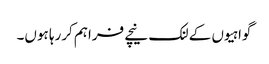
گواہیوں کے لنک نیچے فراہم کررہا ہوں۔